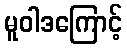
မူဝါဒကြောင့်